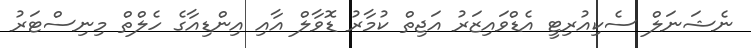
ނެޝަނަލް ސެކިއުރިޓީ އެޑްވައިޒަރު އަޖިތް ކުމާރު ޑޮވާލް އާއި އިންޑިއާގެ ހެލްތް މިނިސްޓަރު